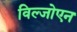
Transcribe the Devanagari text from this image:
विल्जोएन